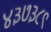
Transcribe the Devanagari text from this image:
४३७३८९